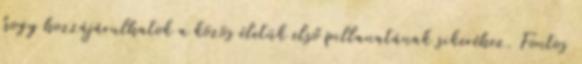
hogy hozzájárulhatok a közös életük első pillanatának sikeréhez. Fontos